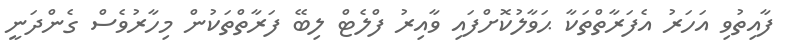
ފާއިތުވި އަހަރު އެފަރާތްތަކާ ޙަވާލުކޮށްފައި ވާއިރު ފްލެޓް ލިބޭ ފަރާތްތަކުން މިހާރުވެސް ގެންދަނީ